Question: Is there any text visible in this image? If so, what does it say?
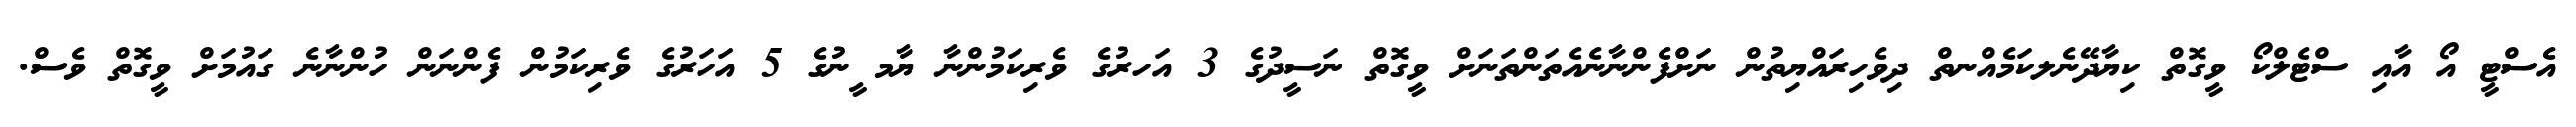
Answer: އެސްޓީ އޯ އާއި ސްޓެލްކޯ ވީގޮތް ކިޔާދޭނެލކަމެއްނތް ދިވެހިރައްޔިތުން ނަށްފެންނާނެއެތަންތަނަށް ވީގޮތް ނަސީދުގެ 3 އަހރުގެ ވެރިކަމުންނާ ޔާމ ީނުގެ 5 އަހަރުގެ ވެރިކަމުން ފެންނަން ހުންނާނެ ގައުމަށް ވީގޮތް ވެސް.